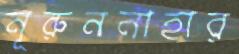
নূরুননাহার